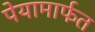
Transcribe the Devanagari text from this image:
पेयामार्फत